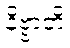
နိဗ္ဗာတိ